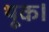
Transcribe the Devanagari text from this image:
थूक।